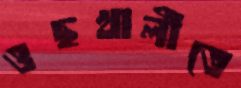
ওছখালীতে